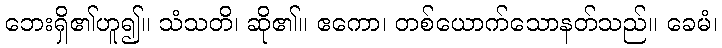
ဘေးရှိ၏ဟူ၍။ သံသတိ၊ ဆို၏။ ဧကော၊ တစ်ယောက်သောနတ်သည်။ ခေမံ၊